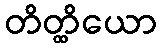
တိတ္ထိယော